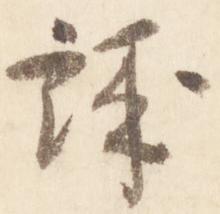
誠